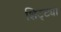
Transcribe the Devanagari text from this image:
शिट्ट्या